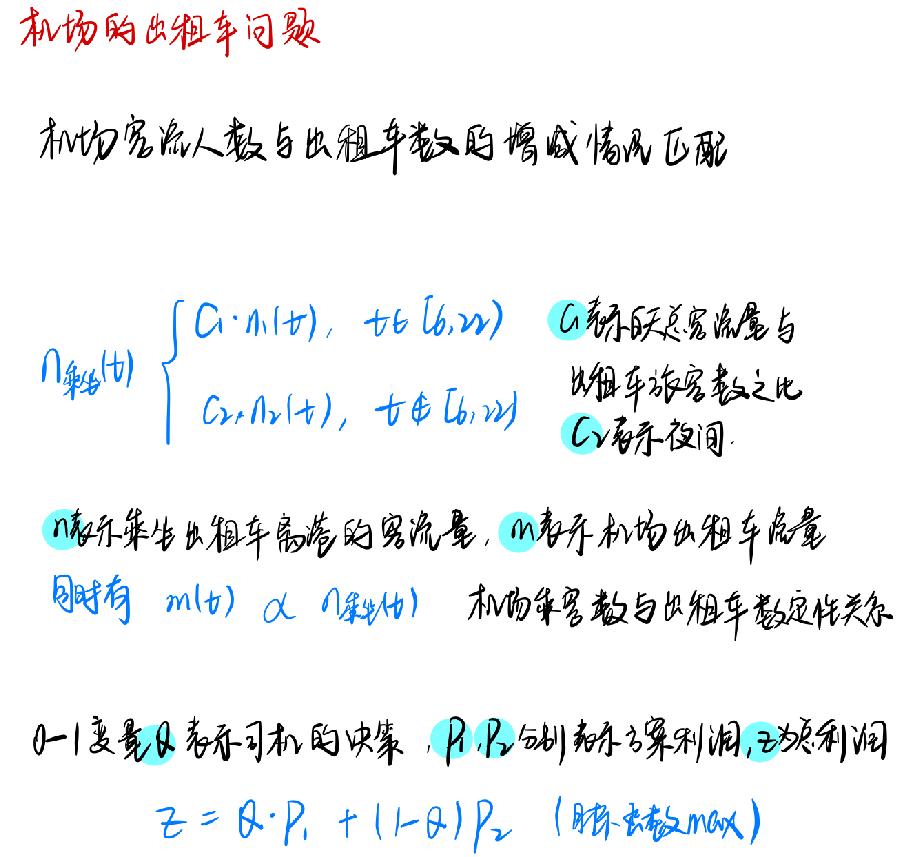
机场的出租车问题
机场客流人数与出租车数的增减情况匹配
\[
n_{\text{乘客}}(t)=
\begin{cases}
C_1\cdot n_1(t), & t\in [6,22) \\
C_2\cdot n_2(t), & t\notin [6,22)
\end{cases}
\]
$C_1$表示白天总客流量与出租车乘客数之比，$C_2$表示夜间。
$n$表示乘坐出租车乘客的客流量，$m$表示机场出租车流量
同时有 $m(t)\propto n_{\text{乘客}}(t)$ 机场乘客数与出租车数定性关系
0 - 1变量$\theta$表示司机的决策，$P_1,P_2$分别表示方案利润，$z$为总利润
$z = \theta\cdot P_1+(1 - \theta)P_2$（目标函数$\max$）